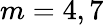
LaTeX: m=4,7